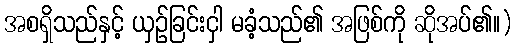
အစရှိသည်နှင့် ယှဉ်ခြင်းငှါ မခံ့သည်၏ အဖြစ်ကို ဆိုအပ်၏။)